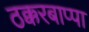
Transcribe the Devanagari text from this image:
ठक्करबाप्पा